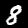
Digit: 8